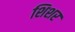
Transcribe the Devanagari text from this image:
शिशर